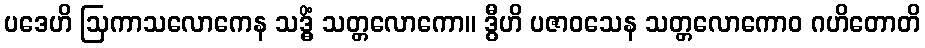
ပဒေဟိ ဩကာသလောကေန သဒ္ဓိံ သတ္တလောကော။ ဒွီဟိ ပဇာဝသေန သတ္တလောကောဝ ဂဟိတောတိ